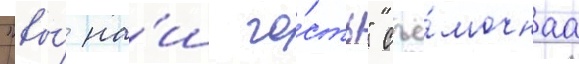
"вы́ на́ш го́сть" съё́мочнаа